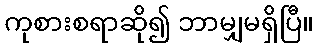
ကုစားစရာဆို၍ ဘာမျှမရှိပြီ။